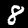
Label: 8